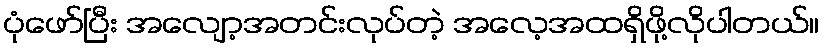
ပုံဖော်ပြီး အလျော့အတင်းလုပ်တဲ့ အလေ့အထရှိဖို့လိုပါတယ်။